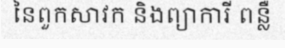
នៃពួកសាវក និងព្យាការី ពន្លឺ